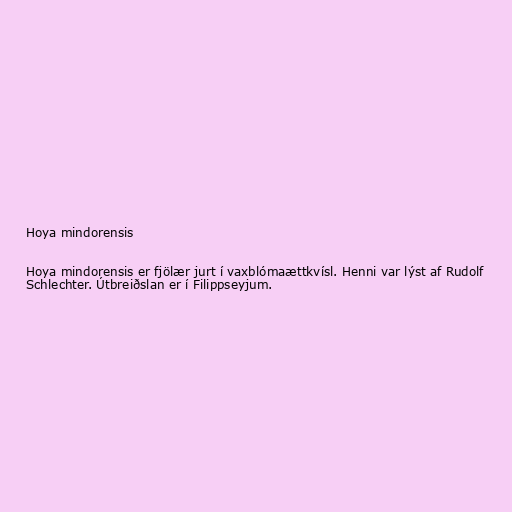
Hoya mindorensis

Hoya mindorensis er fjölær jurt í vaxblómaættkvísl. Henni var lýst af Rudolf
Schlechter. Útbreiðslan er í Filippseyjum.